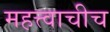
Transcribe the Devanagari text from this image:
महत्त्वाचीच